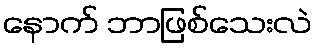
နောက် ဘာဖြစ်သေးလဲ